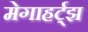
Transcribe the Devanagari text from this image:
मेगाहर्ट्झ